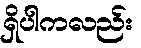
ရှိပါကလည်း